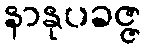
နာနုပခဇ္ဇ